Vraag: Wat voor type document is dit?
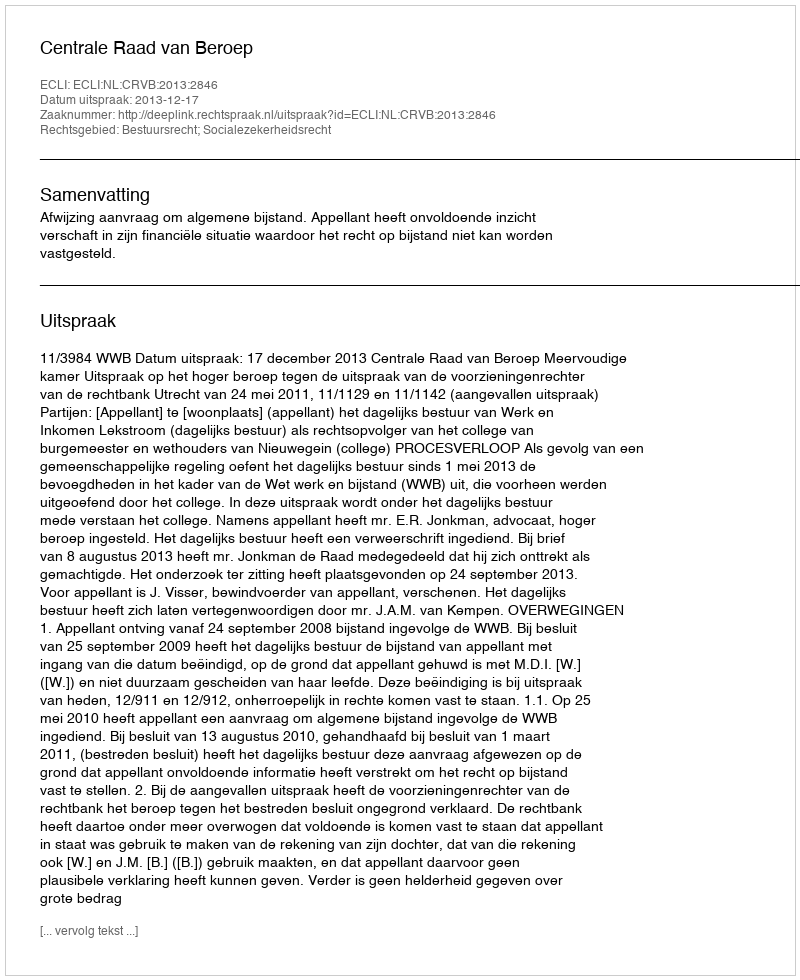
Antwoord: Uitspraak